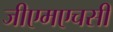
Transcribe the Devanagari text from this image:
जीएमएचसी